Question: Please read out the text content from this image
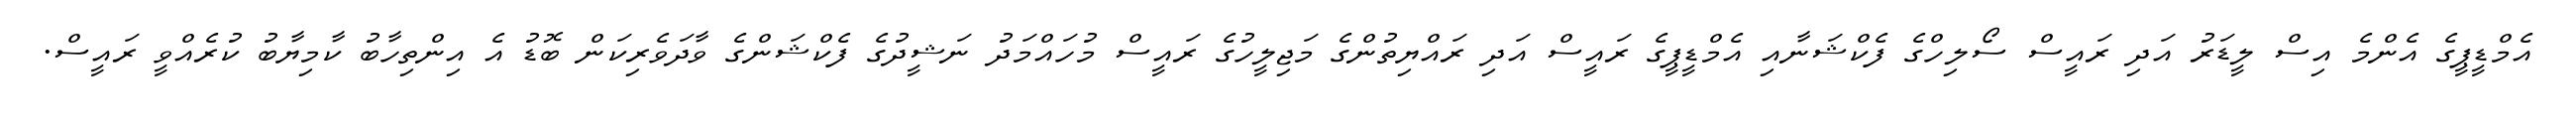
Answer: އެމްޑީޕީގެ އެންމެ އިސް ލީޑަރު އަދި ރައީސް ސޯލިހްގެ ފެކްޝަނާއި އެމްޑީޕީގެ ރައީސް އަދި ރައްޔިތުންގެ މަޖިލީހުގެ ރައީސް މުހައްމަދު ނަޝީދުގެ ފެކްޝަންގެ ވާދަވެރިކަން ބޮޑު އެ އިންތިހާބު ކާމިޔާބު ކުރެއްވީ ރައީސް.